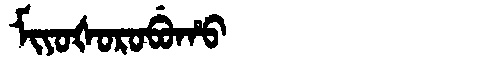
Manchu: ᠮᡳᠶᠣᡧᠣᡵᠣᠪᡠᡥᠣ
Romanization: MIYOŠOROBUHO